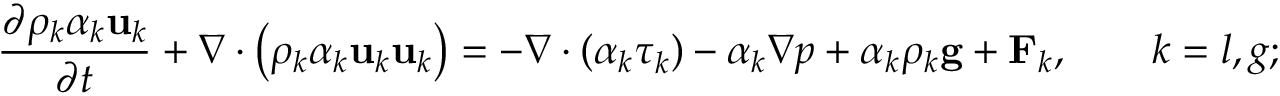
\frac { \partial \rho _ { k } \alpha _ { k } \mathbf { u } _ { k } } { \partial t } + \nabla \cdot \left( \rho _ { k } \alpha _ { k } \mathbf { u } _ { k } \mathbf { u } _ { k } \right) = - \nabla \cdot \left( \alpha _ { k } \boldsymbol { \tau } _ { k } \right) - \alpha _ { k } \nabla p + \alpha _ { k } \rho _ { k } \mathbf { g } + \mathbf { F } _ { k } , \qquad k = l , g ;